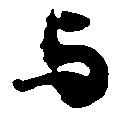
与